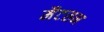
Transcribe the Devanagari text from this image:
मैटसन